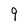
Character: 9